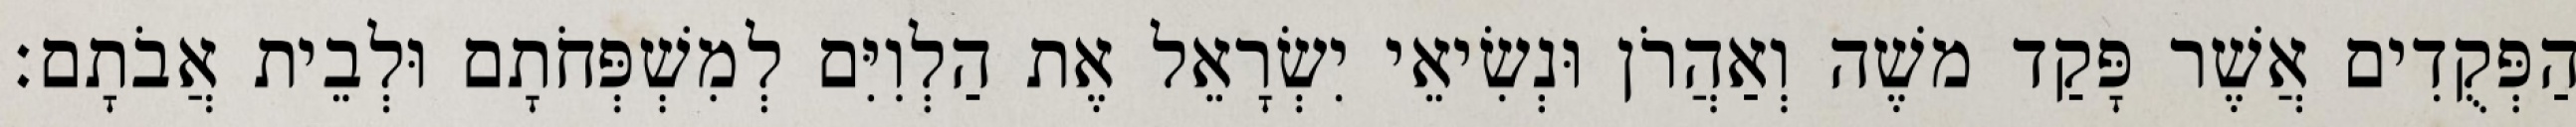
הַפְּקֻדִים אֲשֶׁר פָּקַד משֶׁה וְאַהֲרֹן וּנְשִׂיאֵי יִשְׂרָאֵל אֶת הַלְוִיִּם לְמִשְׁפְּחֹתָם וּלְבֵית אֲבֹתָם׃